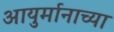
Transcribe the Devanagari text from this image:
आयुर्मानाच्या